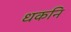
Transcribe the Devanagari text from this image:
धकनि